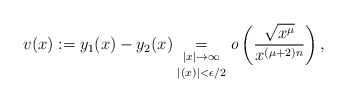
\begin{align*} v(x):=y_1(x)-y_2(x)\underset{|(x)|<\epsilon/2}{\underset{|x|\rightarrow\infty}{=}}\textit{o}\left(\frac{\sqrt{x^\mu}}{x^{(\mu+2)n}}\right), \end{align*}